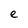
Character: e